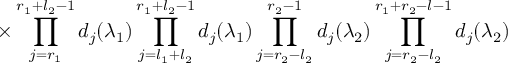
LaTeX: \times \prod _ { j = r _ { 1 } } ^ { r _ { 1 } + l _ { 2 } - 1 } d _ { j } ( \lambda _ { 1 } ) \prod _ { j = l _ { 1 } + l _ { 2 } } ^ { r _ { 1 } + l _ { 2 } - 1 } d _ { j } ( \lambda _ { 1 } ) \prod _ { j = r _ { 2 } - l _ { 2 } } ^ { r _ { 2 } - 1 } d _ { j } ( \lambda _ { 2 } ) \prod _ { j = r _ { 2 } - l _ { 2 } } ^ { r _ { 1 } + r _ { 2 } - l - 1 } d _ { j } ( \lambda _ { 2 } )